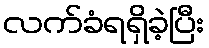
လက်ခံရရှိခဲ့ပြီး